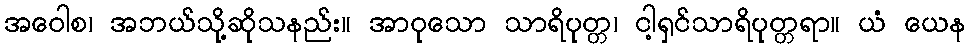
အဝေါစ၊ အဘယ်သို့ဆိုသနည်း။ အာဝုသော သာရိပုတ္တ၊ ငါ့ရှင်သာရိပုတ္တရာ။ ယံ ယေန